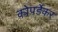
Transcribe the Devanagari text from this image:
कोपर्डेकर